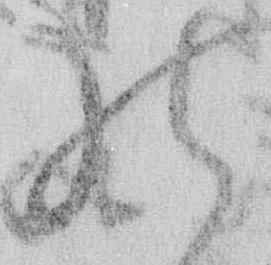
の